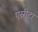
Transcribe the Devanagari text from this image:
एस्रीटा